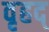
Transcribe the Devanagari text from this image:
वृहद्‌